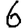
Digit: 6